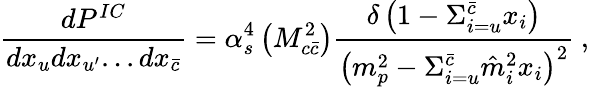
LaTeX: \frac{dP^{IC}}{dx_{u}dx_{u^{\prime}}...dx_{\bar{c}}}=\alpha_{s}^{4}\left(M_{c\bar{c}}^{2}\right)\frac{\delta\left(1-\Sigma_{i=u}^{\bar{c}}x_{i}\right)}{\left(m_{p}^{2}-\Sigma_{i=u}^{\bar{c}}\hat{m}_{i}^{2}x_{i}\right)^{2}}\: ,